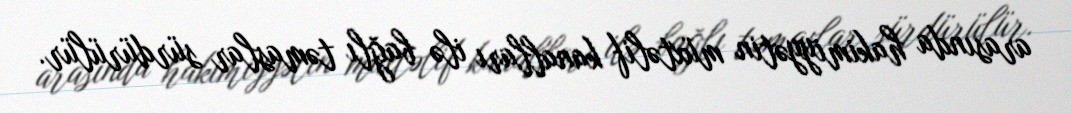
arasında hakimiyyətin müxtəlif kanalları ilə bağlı təmaslar sürdürülür.